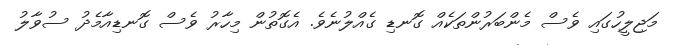
މަޖިލީހުގައި ވެސް މެންބަރުންތަކެއް ގޮނޑި ގެއްލުނެވެ. އެގޮތުން މިހާރު ވެސް ގޮނޑިއާމެދު ސުވާލު